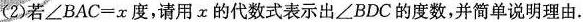
（2）若$$\angle BAC=x$$，请用x的代数式表示出$$\angle BDC$$的度数，并简单说明理由